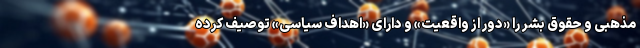
مذهبی و حقوق بشر را «دور از واقعیت» و دارای «اهداف سیاسی» توصیف کرده